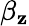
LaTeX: \beta_{\mathbf{z}}